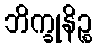
ဘိက္ခုနိဉ္စ